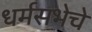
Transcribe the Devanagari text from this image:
धर्मसभेचे